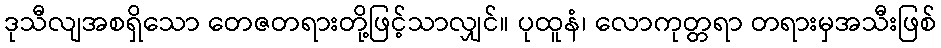
ဒုသီလျအစရှိသော တေဇတရားတို့ဖြင့်သာလျှင်။ ပုထူနံ၊ လောကုတ္တရာ တရားမှအသီးဖြစ်